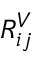
R _ { i j } ^ { V }